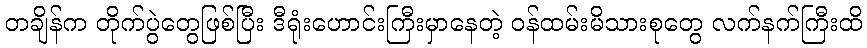
တချိန်က တိုက်ပွဲတွေဖြစ်ပြီး ဒီရုံးဟောင်းကြီးမှာနေတဲ့ ဝန်ထမ်းမိသားစုတွေ လက်နက်ကြီးထိ